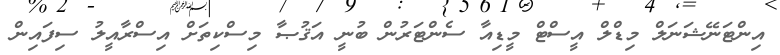
އިންޓަނޭޝަނަލް މިޑްލް އީސްޓް މީޑިއާ ސެންޓަރުން ބުނީ އަޤުޞާ މިސްކިތަށް އިސްރާއީލު ސިފައިން